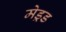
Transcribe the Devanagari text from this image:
मेड्रड